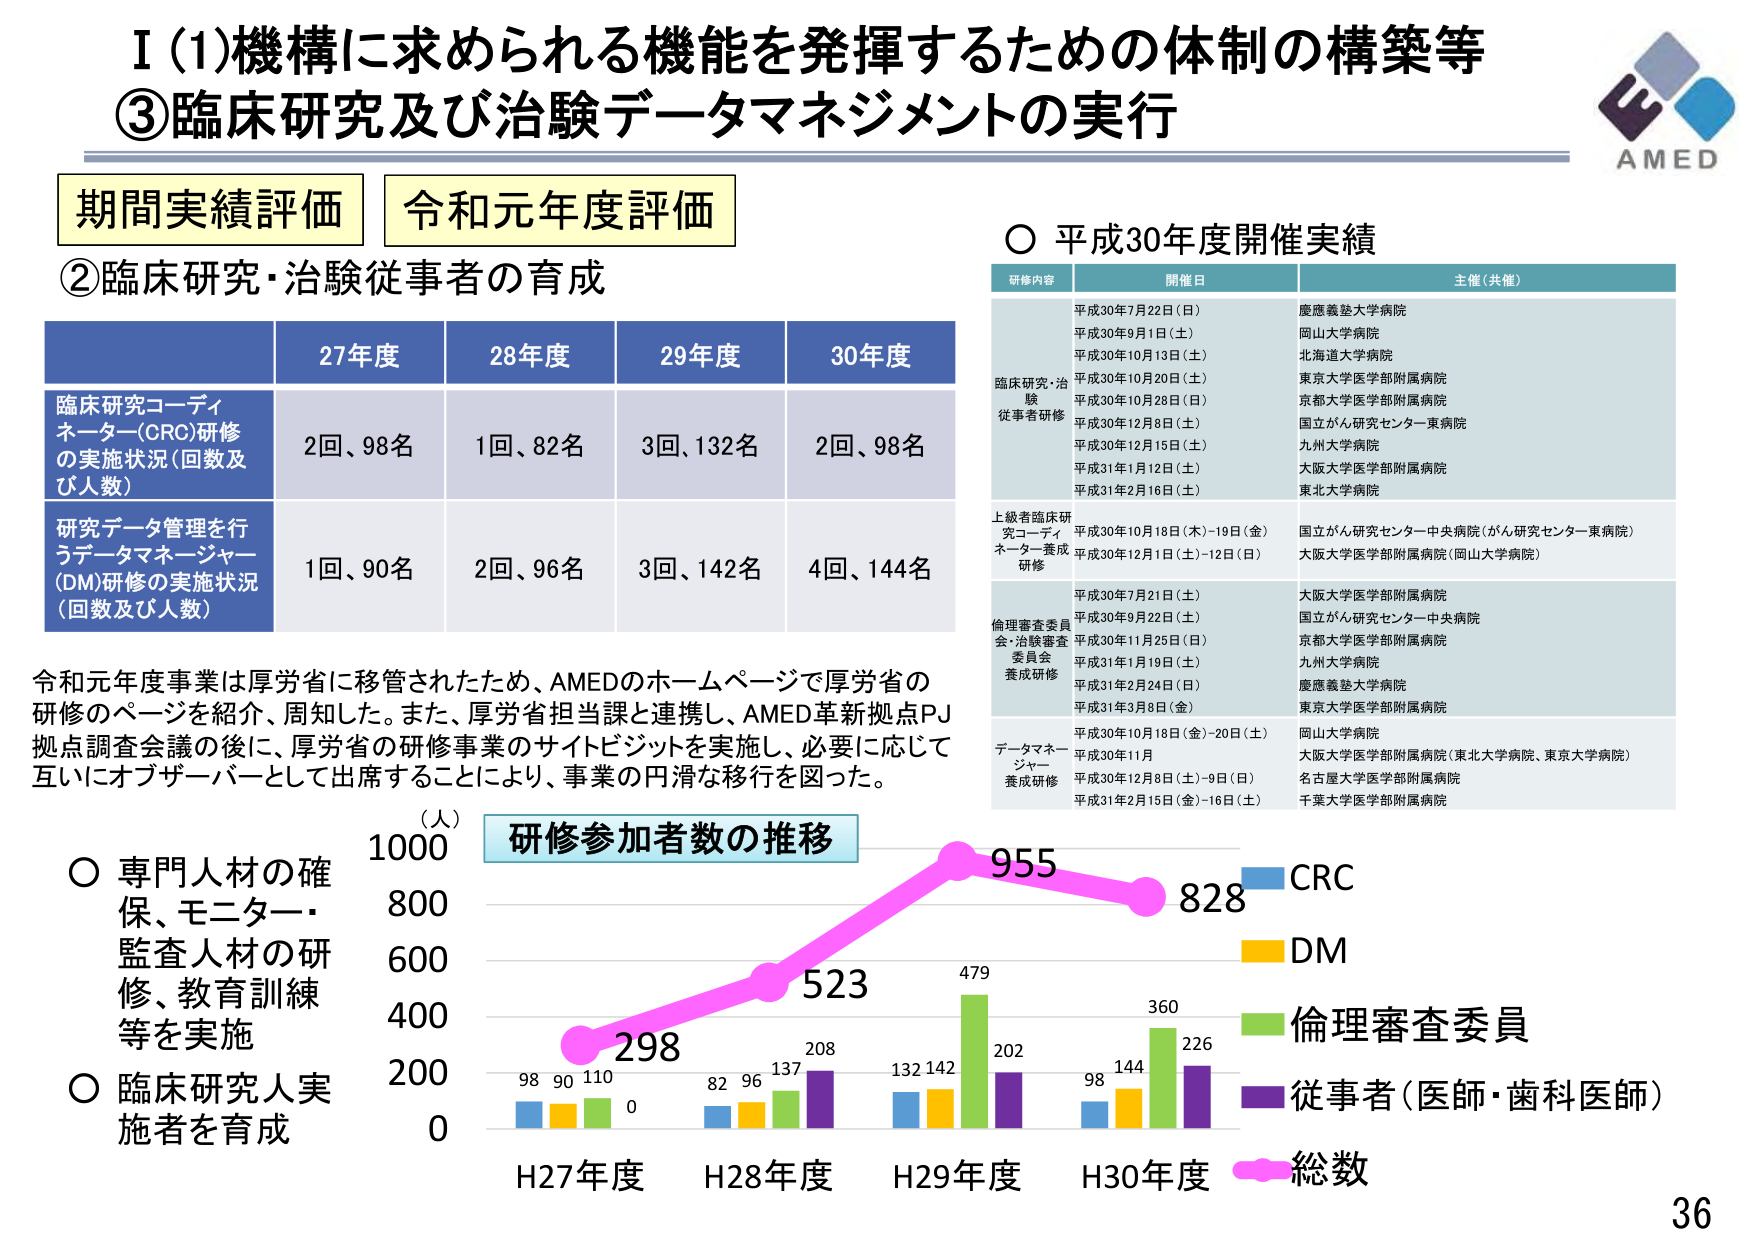
I (1)機構に求められる機能を発揮するための体制の構築等
③臨床研究及び治験データマネジメントの実行

AMED

期間実績評価  令和元年度評価

②臨床研究・治験従事者の育成

27年度  28年度  29年度  30年度
臨床研究コーディネーター(CRC)研修の実施状況(回数及び人数)
2回、98名  1回、82名  3回、132名  2回、98名
研究データ管理を行うデータマネージャー(DM)研修の実施状況(回数及び人数)
1回、90名  2回、96名  3回、142名  4回、144名

令和元年度事業は厚労省に移管されたため、AMEDのホームページで厚労省の研修のページを紹介、周知した。また、厚労省担当課と連携し、AMED革新拠点PJ拠点調査会議の後に、厚労省の研修事業のサイトビジットを実施し、必要に応じて互いにオブザーバーとして出席することにより、事業の円滑な移行を図った。

○ 専門人材の確保、モニター・監査人材の研修、教育訓練等を実施
○ 臨床研究人実施者を育成

○ 平成30年度開催実績

研修内容  開催日  主催（共催）
臨床研究・治験従事者研修
平成30年7月22日（日）  慶應義塾大学病院
平成30年9月1日（土）  岡山大学病院
平成30年10月13日（土）  北海道大学病院
平成30年10月20日（土）  東京大学医学部附属病院
平成30年10月28日（日）  京都大学医学部附属病院
平成30年12月8日（土）  国立がん研究センター東病院
平成30年12月15日（土）  九州大学病院
平成31年1月12日（土）  大阪大学医学部附属病院
平成31年2月16日（土）  東北大学病院

上級者臨床研究コーディネーター養成研修
平成30年10月18日（木）-19日（金）  国立がん研究センター中央病院（がん研究センター東病院）
平成30年12月1日（土）-12日（日）  大阪大学医学部附属病院（岡山大学病院）

倫理審査委員会・治験審査委員会養成研修
平成30年7月21日（土）  大阪大学医学部附属病院
平成30年9月22日（土）  国立がん研究センター中央病院
平成30年11月25日（日）  京都大学医学部附属病院
平成31年1月19日（土）  九州大学病院
平成31年2月24日（日）  慶應義塾大学病院
平成31年3月8日（金）  東京大学医学部附属病院

データマネージャー養成研修
平成30年10月18日（金）-20日（土）  岡山大学病院
平成30年11月  大阪大学医学部附属病院（東北大学病院、東京大学病院）
平成30年12月8日（土）-9日（日）  名古屋大学医学部附属病院
平成31年2月15日（金）-16日（土）  千葉大学医学部附属病院

（人）
研修参加者数の推移
H27年度  H28年度  H29年度  H30年度
CRC  98  82  132  98
DM  90  96  142  144
倫理審査委員  110  137  479  360
従事者（医師・歯科医師）  0  208  202  226
総数  298  523  955  828

36